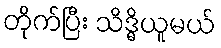
တိုက်ပြီး သိဒ္ဓိယူမယ်